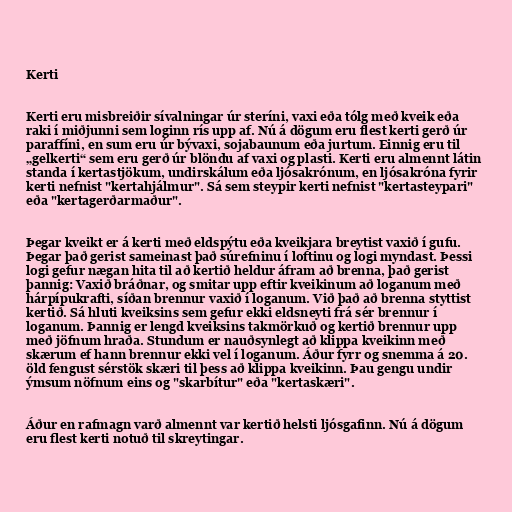
Kerti

Kerti eru misbreiðir sívalningar úr steríni, vaxi eða tólg með kveik eða
raki í miðjunni sem loginn rís upp af. Nú á dögum eru flest kerti gerð úr
paraffíni, en sum eru úr bývaxi, sojabaunum eða jurtum. Einnig eru til
„gelkerti“ sem eru gerð úr blöndu af vaxi og plasti. Kerti eru almennt látin
standa í kertastjökum, undirskálum eða ljósakrónum, en ljósakróna fyrir
kerti nefnist "kertahjálmur". Sá sem steypir kerti nefnist "kertasteypari"
eða "kertagerðarmaður".

Þegar kveikt er á kerti með eldspýtu eða kveikjara breytist vaxið í gufu.
Þegar það gerist sameinast það súrefninu í loftinu og logi myndast. Þessi
logi gefur nægan hita til að kertið heldur áfram að brenna, það gerist
þannig: Vaxið bráðnar, og smitar upp eftir kveikinum að loganum með
hárpípukrafti, síðan brennur vaxið í loganum. Við það að brenna styttist
kertið. Sá hluti kveiksins sem gefur ekki eldsneyti frá sér brennur í
loganum. Þannig er lengd kveiksins takmörkuð og kertið brennur upp
með jöfnum hraða. Stundum er nauðsynlegt að klippa kveikinn með
skærum ef hann brennur ekki vel í loganum. Áður fyrr og snemma á 20.
öld fengust sérstök skæri til þess að klippa kveikinn. Þau gengu undir
ýmsum nöfnum eins og "skarbítur" eða "kertaskæri".

Áður en rafmagn varð almennt var kertið helsti ljósgafinn. Nú á dögum
eru flest kerti notuð til skreytingar.